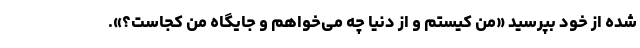
شده از خود بپرسید «من کیستم و از دنیا چه می‌خواهم و جایگاه من کجاست؟».